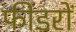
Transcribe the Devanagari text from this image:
फीडरों